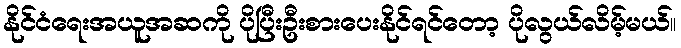
နိုင်ငံရေးအယူအဆကို ပိုပြီးဦးစားပေးနိုင်ရင်တော့ ပိုလွယ်လိမ့်မယ်။